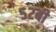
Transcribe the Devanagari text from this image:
५२बी